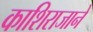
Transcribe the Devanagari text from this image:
काशिराजाने